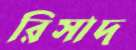
রিসাদ